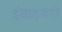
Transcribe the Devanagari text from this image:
इंब्राइडरी